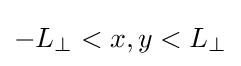
-L_{\perp }<x,y<L_{\perp }